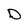
Character: D